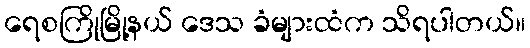
ရေစကြိုမြို့နယ် ဒေသ ခံများထံက သိရပါတယ်။